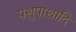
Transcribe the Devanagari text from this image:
पशुपाशादि